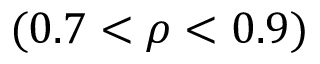
( 0 . 7 < \rho < 0 . 9 )